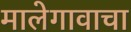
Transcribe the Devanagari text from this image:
मालेगावाचा